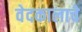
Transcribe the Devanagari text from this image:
वेदकालाचे